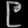
Digit: ၉